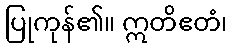
ပြုကုန်၏။ ဣတိဧတံ၊